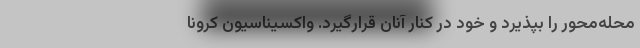
محله‌محور را بپذیرد و خود در کنار آنان قرارگیرد. واکسیناسیون کرونا